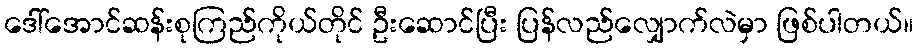
ဒေါ်အောင်ဆန်းစုကြည်ကိုယ်တိုင် ဦးဆောင်ပြီး ပြန်လည်လျှောက်လဲမှာ ဖြစ်ပါတယ်။